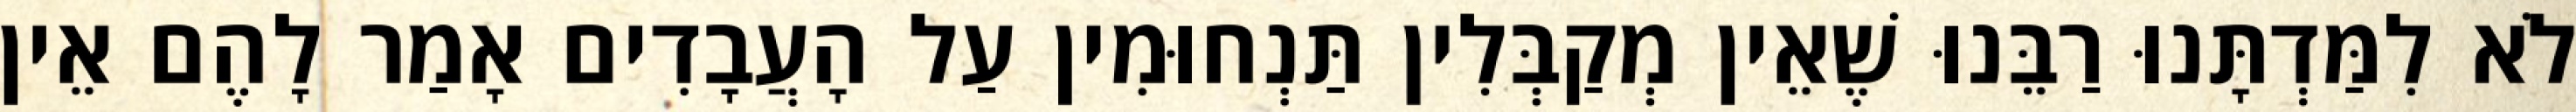
לֹא לִמַּדְתָּנוּ רַבֵּנוּ שֶׁאֵין מְקַבְּלִין תַּנְחוּמִין עַל הָעֲבָדִים אָמַר לָהֶם אֵין